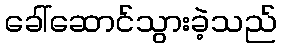
ခေါ်ဆောင်သွားခဲ့သည်